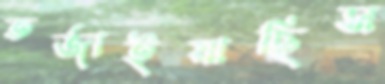
তর্জাইয়াছিস